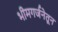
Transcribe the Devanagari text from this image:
भीमगर्जनेतून